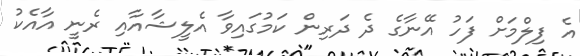
އެ ފިލްމަށް ފަހު އޭނާގެ ދެ ދަރިން ކަމުގައިވާ އެލީޝާއާއި ރެނީ އާއެކު